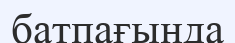
батпағында